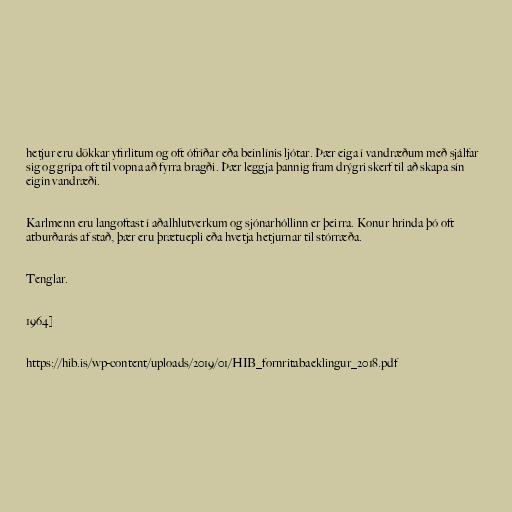
hetjur eru dökkar yfirlitum og oft ófríðar eða beinlínis ljótar. Þær eiga í vandræðum með sjálfar
sig og grípa oft til vopna að fyrra bragði. Þær leggja þannig fram drýgri skerf til að skapa sín
eigin vandræði.

Karlmenn eru langoftast í aðalhlutverkum og sjónarhóllinn er þeirra. Konur hrinda þó oft
atburðarás af stað, þær eru þrætuepli eða hvetja hetjurnar til stórræða.

Tenglar.

1964]

https://hib.is/wp-content/uploads/2019/01/HIB_fornritabaeklingur_2018.pdf